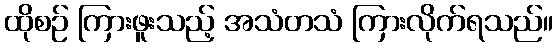
ထိုစဉ် ကြားဖူးသည့် အသံတသံ ကြားလိုက်ရသည်။